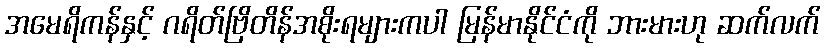
အမေရိကန်နှင့် ဂရိတ်ဗြိတိန်အစိုးရများကပါ မြန်မာနိုင်ငံကို ဘားမားဟု ဆက်လက်